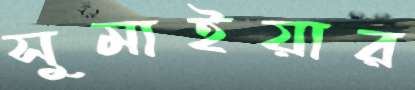
সুমাইয়ার